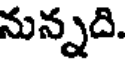
నున్నది.